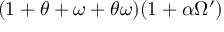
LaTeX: ( 1 + \theta + \omega + \theta \omega ) ( 1 + \alpha \Omega ^ { \prime } )